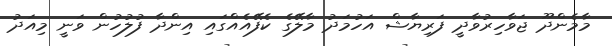
މާމެންދޫ ޖަވާހިރުވާދީ ފަރިޔާޝް އަހުމަދު މާލޭގެ ކެފޭއެއްގައި އިންދާ ފުލުހުން ވަނީ މިއަދު